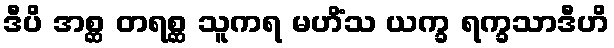
ဒီပိ အစ္ဆ တရစ္ဆ သူကရ မဟိံသ ယက္ခ ရက္ခသာဒီဟိ